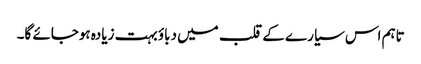
تاہم اس سیارے کے قلب میں دباؤ بہت زیادہ ہوجائے گا۔